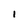
Character: l